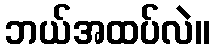
ဘယ်အထပ်လဲ။